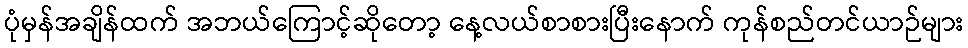
ပုံမှန်အချိန်ထက် အဘယ်ကြောင့်ဆိုတော့ နေ့လယ်စာစားပြီးနောက် ကုန်စည်တင်ယာဉ်များ